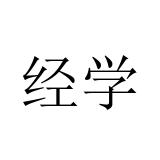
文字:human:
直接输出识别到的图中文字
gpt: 经学